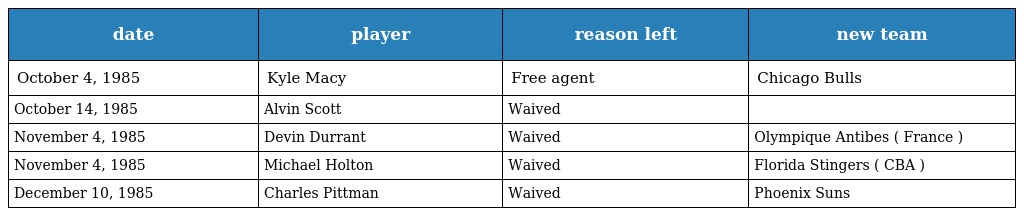
| date | player | reason left | new team |
 | --- | --- | --- | --- |
 | October 4, 1985 | Kyle Macy | Free agent | Chicago Bulls |
 | October 14, 1985 | Alvin Scott | Waived |  |
 | November 4, 1985 | Devin Durrant | Waived | Olympique Antibes ( France ) |
 | November 4, 1985 | Michael Holton | Waived | Florida Stingers ( CBA ) |
 | December 10, 1985 | Charles Pittman | Waived | Phoenix Suns |